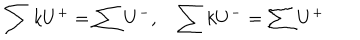
LaTeX: \sum k U ^ { + } = \sum U ^ { - } , \sum k U ^ { - } = \sum U ^ { + }